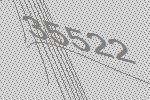
35522